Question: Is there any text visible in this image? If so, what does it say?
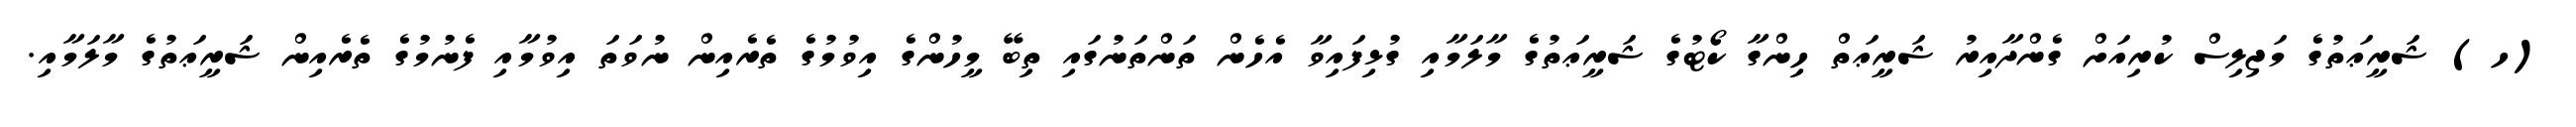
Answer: (ހ) ޝަރީޢަތުގެ މަޖިލިސް ކުރިއަށް ގެންދާއިރު ޝަރީޢަތް ހިންގާ ކޯޓުގެ ޝަރީޢަތުގެ މާލަމާއި ގުޅިފައިވާ އެހެން ތަންތަނުގައި ތިބޭ މީހުންގެ އިވުމުގެ ތެރެއިން ނުވަތަ އިވުމާއި ފެނުމުގެ ތެރެއިން ޝަރީޢަތުގެ މާލަމާއި.